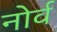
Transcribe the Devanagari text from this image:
नोर्व